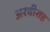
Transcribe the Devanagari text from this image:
अरबीसह